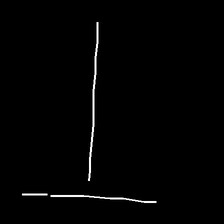
Glyph: column